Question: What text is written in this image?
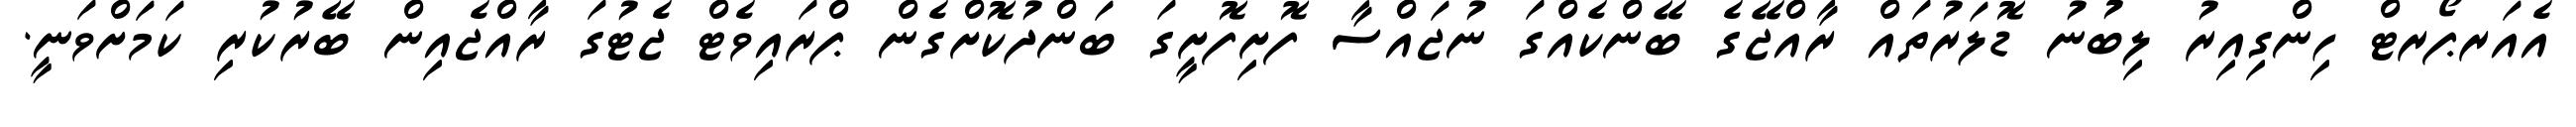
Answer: އެއަރޕޯރޓް ހިންގިއިރު ލިބުނު ޑޮލަރުތައް ރާއްޖޭގެ ބޭންކެއްގަ ނުޖައްސާ ފޮށިފޮށީގަ ބަންދުކޮށްގެން ޕްރައިވެޓް ޖެޓުގަ ރާއްޖެއިން ބޭރުކުރި ކަމަށްވަނީ.